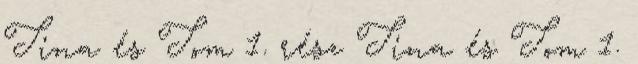
Tina és Tom 1. rész Tina és Tom 1.